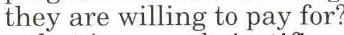
they are willing to pay for?